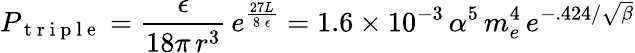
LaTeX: P_{\mathrm{~t~r~i~p~l~e~}}=\frac{\epsilon}{18\pi\, r^{3}}\, e^{\frac{27L}{8\, \epsilon}}=1.6\times 10^{-3}\, \alpha^{5}\, m_{e}^{4}\, e^{-.424/\sqrt{\beta}}